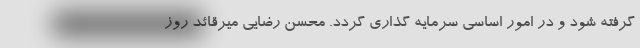
گرفته شود و در امور اساسی سرمایه گذاری گردد. محسن رضایی میرقائد روز